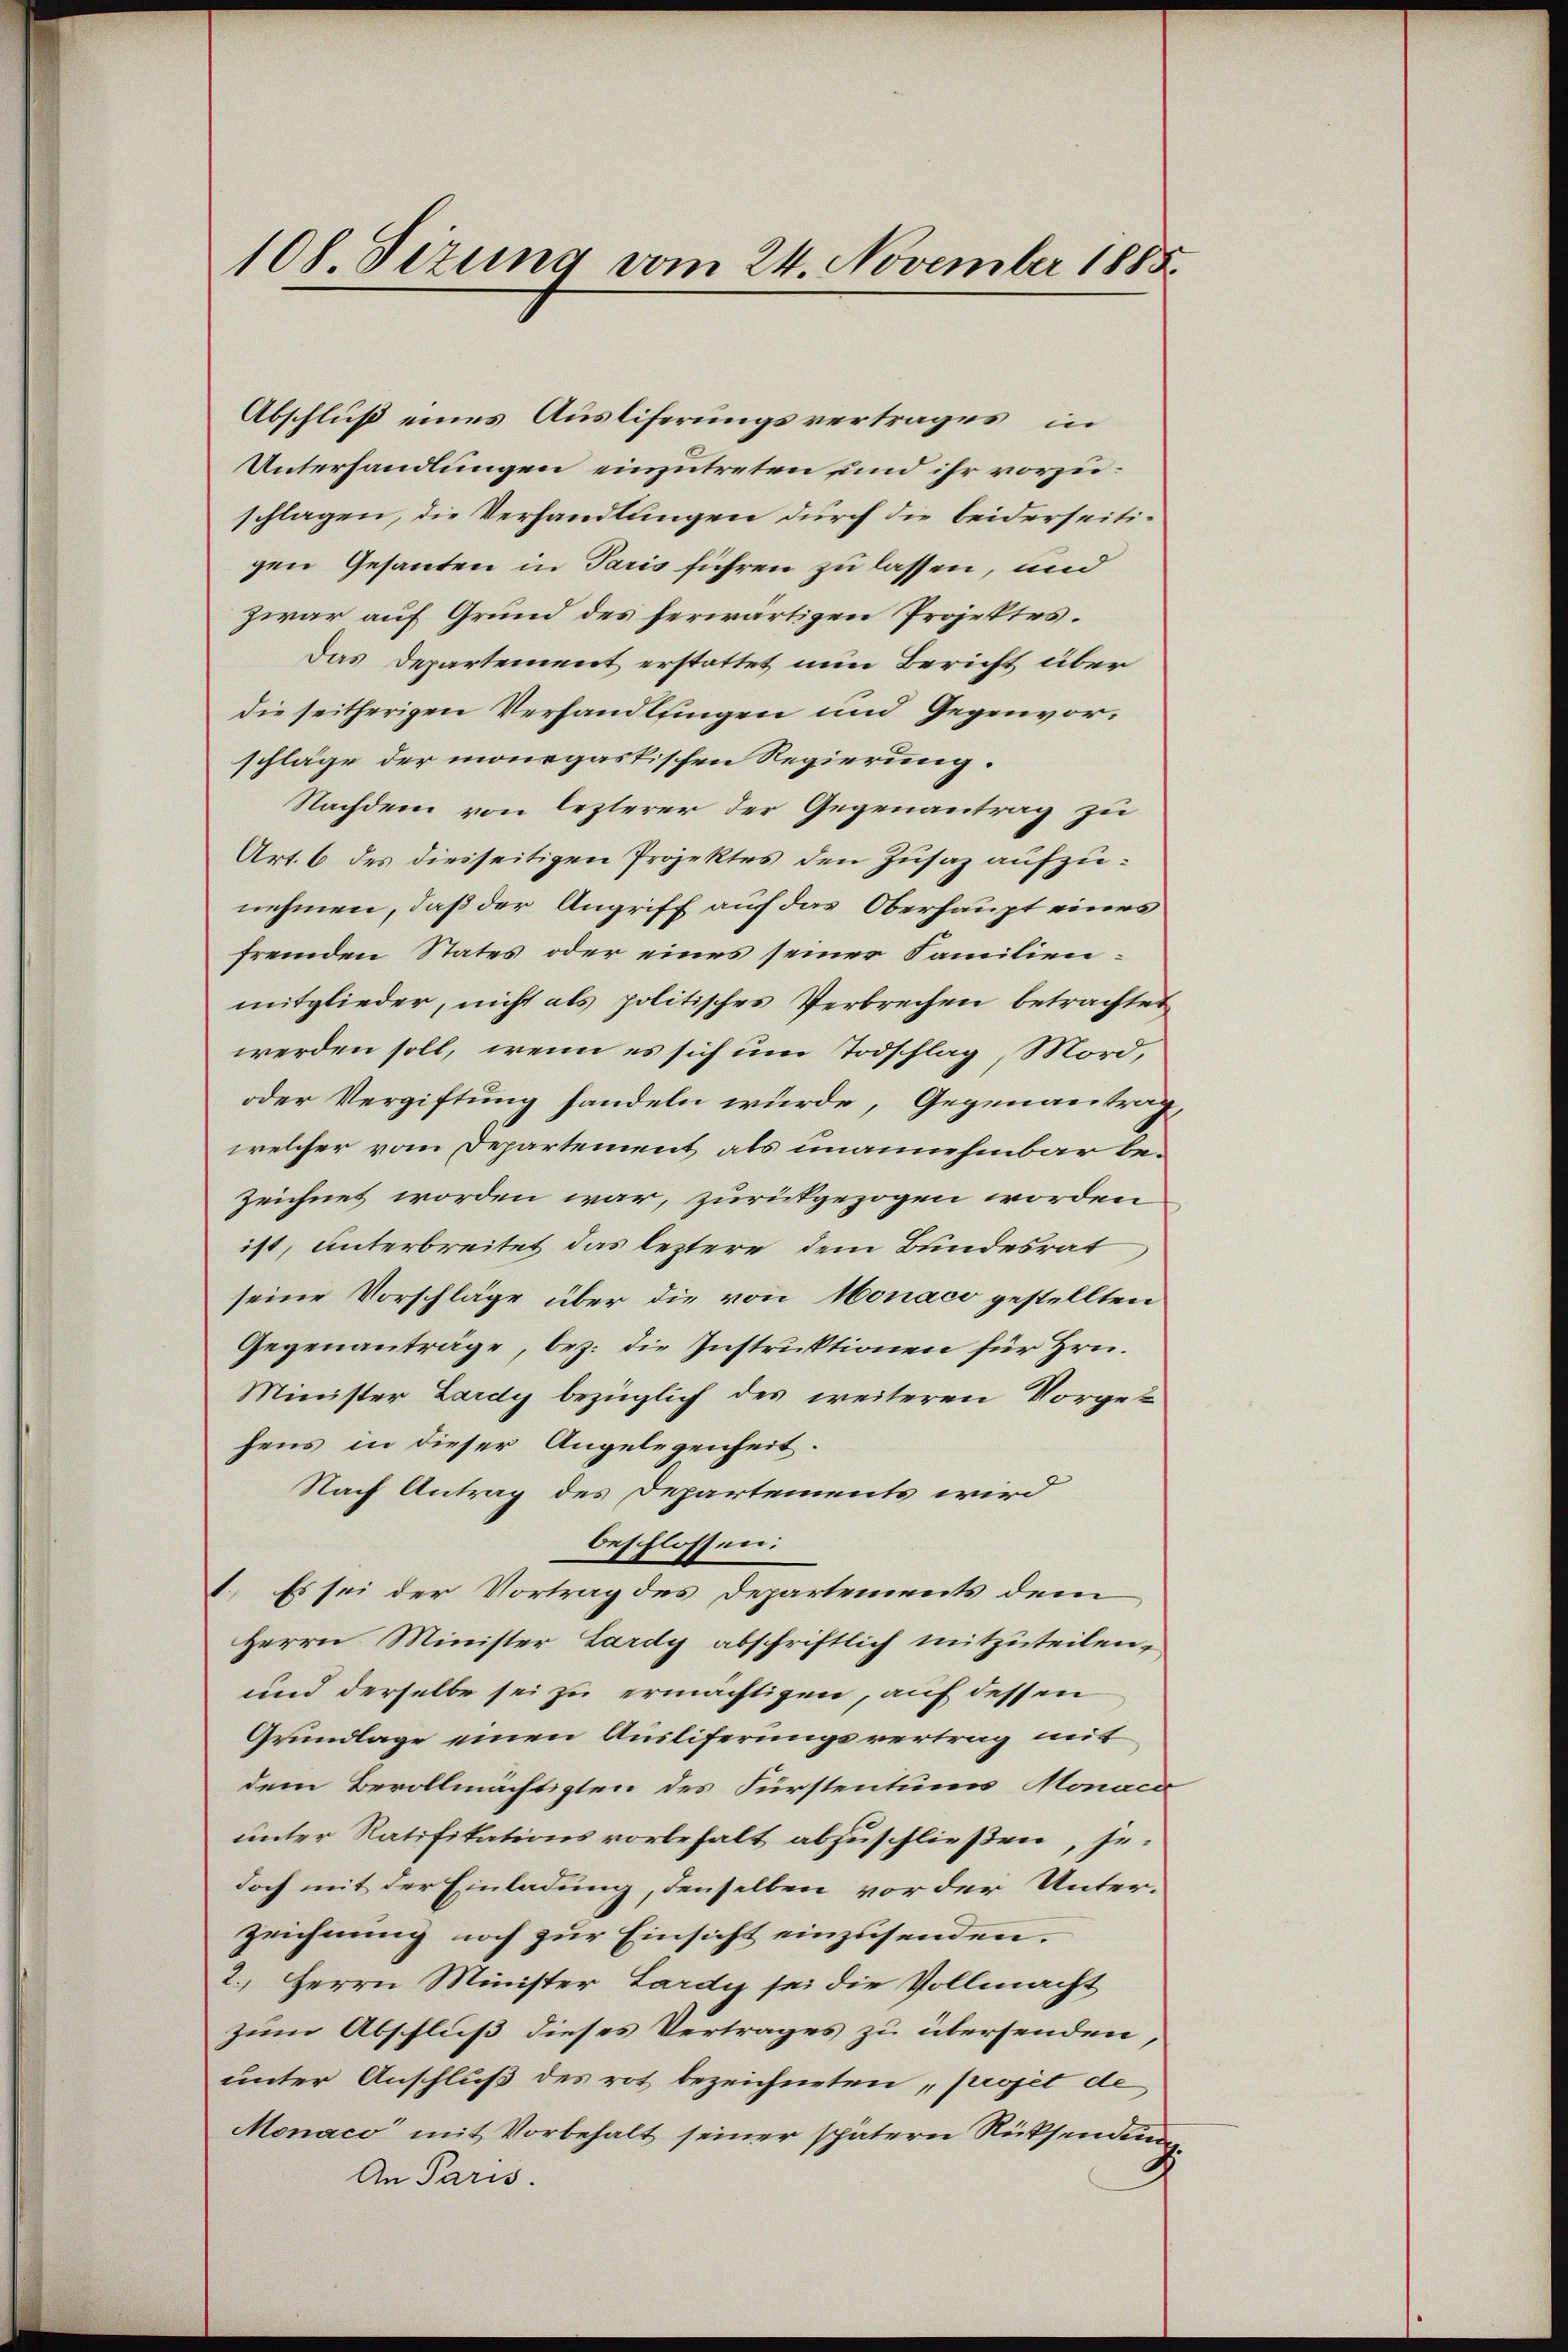
108. Sizung vom 24. November 1885.

Abschluß eines Ausliferungsvertrages, in
Unterhandlungen einzutreten und ihr vorzuschlagen, die Verhandlungen durch die beiderseitigen Gesanten in Paris führen zu lassen, und
zwar auf Grund des herwärtigen Projektes.
Das Departement erstattet nun Bericht über
die seitherigen Verhandlungen und Gegenvorschläge der monegastischen Regierung.
Nachdem von lezterer der Gegenantrag zu
Art. 6 des diesseitigen Projektes den Zusaz aufzunehmen, daß der Angriff auf das Oberhaupt eines
fremden States oder eines seiner Familienmitglieder, nicht als politisches Verbrechen betrachtet
werden soll, wenn es sich um Todschlag, Mord,
oder Vergiftung handeln würde, Gegenanträg
welcher vom Departement als unannehmbar bezeichnet worden war, zurückgezogen worden
ist, unterbreitet das leztere dem Bundesrat
seine Vorschläge über die von Monaco gestellten
Gegenanträge, bez. die Instruktionen für Hrn.
Minister Lardy bezüglich des weiteren Vorgefens in dieser Angelegenheit.
Nach Antrag des Departements wird
beschlossen:
1. Es sei der Vortrag des Departements dem
Herrn Minister Lardy abschriftlich mitzuteilen.
und derselbe sei zu ermächtigen, auf dessen
Grundlage einen Ausliferungsvertrag mit
dem Bevollmächtigten des Fürstentums Monaca
unter Ratifikationsvorbehalt abzuschließen, jedoch mit der Einladung, denselben vor der Unterzeichnung noch zur Einsicht einzusenden.
2. Herrn Minister Lardy sei die Vollmacht
zum Abschluß dieses Vertrages zu übersenden,
unter Anschluß des rot bezeichneten, projet de
Monaco mit Vorbehalt seiner spätern Rücksendung
An Paris.